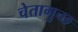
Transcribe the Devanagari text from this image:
चेतागुच्छ